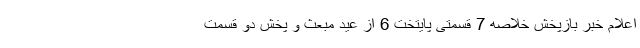
اعلام خبر بازپخش خلاصه 7 قسمتی پایتخت 6 از عید مبعث و پخش دو قسمت